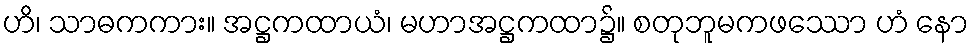
ဟိ၊ သာဓကကား။ အဋ္ဌကထာယံ၊ မဟာအဋ္ဌကထာ၌။ စတုဘူမကဖဿော ဟံ နော